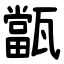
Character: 㽆